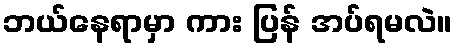
ဘယ်နေရာမှာ ကား ပြန် အပ်ရမလဲ။